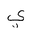
Letter: _ya